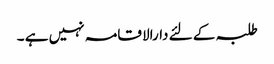
طلبہ کے لئے دارالا قامہ نہیں ہے ۔